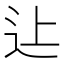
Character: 𨑗